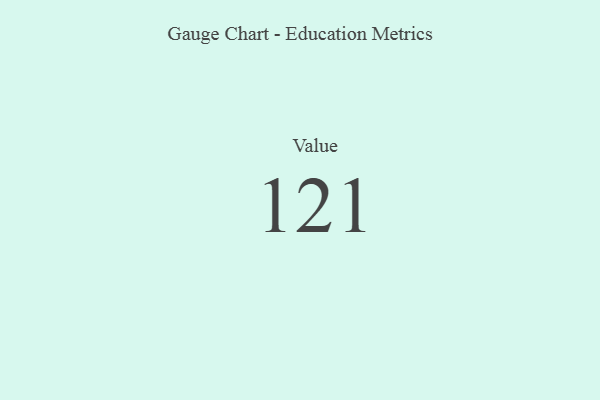
{"axis": {"x": "Metric", "y": "Value"}, "legend": [""], "data": [{"x": "Value", "y": 121, "type": ""}]}